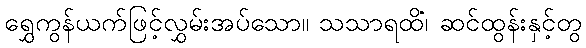
ရွှေကွန်ယက်ဖြင့်လွှမ်းအပ်သော။ သသာရထိံ၊ ဆင်ထွန်းနှင့်တွ